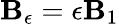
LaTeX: \mathbf{B}_{\epsilon}=\epsilon\mathbf{B}_{1}